Indian journal of veterinary science and animal husbandry - Volume 8,
Year: 1938
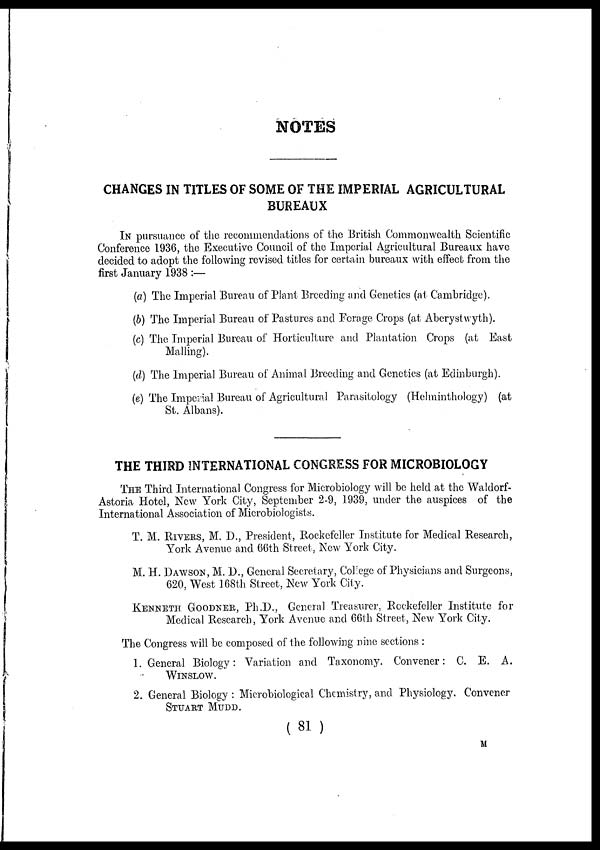
NOTES
CHANGES IN TITLES OF SOME OF THE IMPERIAL AGRICULTURAL
BUREAUX
IN pursuance of the recommendations of the British Commonwealth Scientific
Conference 1936, the Executive Council of the Imperial Agricultural Bureaux have
decided to adopt the following revised titles for certain bureaux with effect from the
first January 1938 :—
(a) The Imperial Bureau of Plant Breeding and Genetics (at Cambridge).
(b) The Imperial Bureau of Pastures and Forage Crops (at Aberystwyth).
(c) The Imperial Bureau of Horticulture and Plantation Crops (at East
Malling).
(d) The Imperial Bureau of Animal Breeding and Genetics (at Edinburgh).
(e) The Imperial Bureau of Agricultural Parasitology (Helminthology) (at
St. Albans).
THE THIRD INTERNATIONAL CONGRESS FOR MICROBIOLOGY
THE Third International Congress for Microbiology will be held at the Waldorf-
Astoria Hotel, New York City, September 2-9, 1939, under the auspices of the
International Association of Microbiologists.
T. M. RIVERS, M. D., President, Rockefeller Institute for Medical Research,
York Avenue and. 66th Street, New York City.
M. H. DAWSON, M. D., General Secretary, College of Physicians and Surgeons,
620, West 168th Street, New York City.
KENNETH GOODNER, Ph.D., General Treasurer, Rockefeller Institute for
Medical Research, York Avenue and 66th Street, New York City.
The Congress will be composed of the following nine sections :
1. General Biology: Variation and Taxonomy. Convener: C. E. A.
WINSLOW.
2. General Biology : Microbiological Chemistry, and Physiology. Convener
STUART MUDD.
( 81 )
M